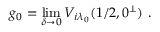
g _ { 0 } = \operatorname * { l i m } _ { \delta \rightarrow 0 } V _ { i \lambda _ { 0 } } ( 1 / 2 , 0 ^ { \perp } ) \, \, .